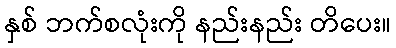
နှစ် ဘက်စလုံးကို နည်းနည်း တိပေး။